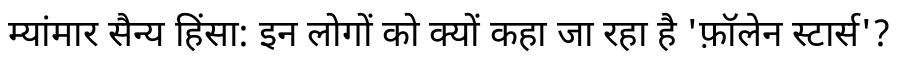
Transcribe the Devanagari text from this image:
म्यांमार सैन्य हिंसा: इन लोगों को क्यों कहा जा रहा है 'फ़ॉलेन स्टार्स'?